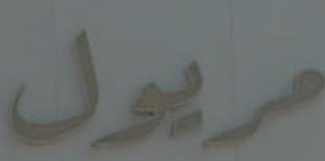
مربول